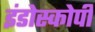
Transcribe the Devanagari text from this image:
इंडोस्कोपी